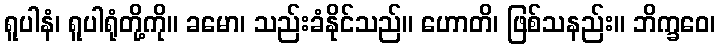
ရူပါနံ၊ ရူပါရုံတို့ကို။ ခမော၊ သည်းခံနိုင်သည်။ ဟောတိ၊ ဖြစ်သနည်း။ ဘိက္ခဝေ၊